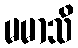
မမာသိ